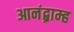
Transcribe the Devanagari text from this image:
आनंद्ब्राम्ह